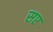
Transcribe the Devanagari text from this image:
सए